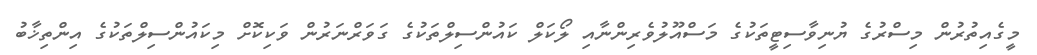
މީގެއިތުރުން މިސްރުގެ ޔުނިވާސިޓީތަކުގެ މަސްއޫލުވެރިންނާއި ލޯކަލް ކައުންސިލްތަކުގެ ގަވަރްނަރުން ވަކިކޮށް މިކައުންސިލްތަކުގެ އިންތިޚާބު